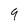
Character: 9